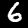
Digit: 6